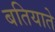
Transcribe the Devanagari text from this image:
बतियाते